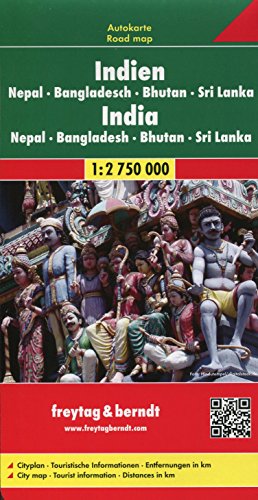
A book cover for India, Bangladesh, Nepal, Bhutan, and Sri Lanka (Road Map) (English, French, Italian and German Edition); Freytag-Berndt; Travel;